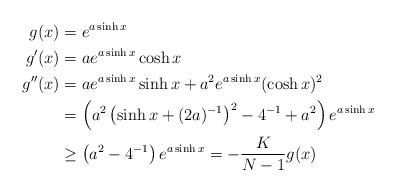
LaTeX: \begin{align*}g(x)&=e^{a\sinh x}\\g'(x)&=ae^{a\sinh x}\cosh x\\g''(x)&=ae^{a\sinh x}\sinh x+a^2e^{a\sinh x}(\cosh x)^2\\&=\left(a^2\left(\sinh x+(2a)^{-1}\right)^2-4^{-1}+a^2\right)e^{a\sinh x}\\&\ge \left(a^2-4^{-1}\right)e^{a\sinh x}=-\frac{K}{N-1}g(x)\end{align*}